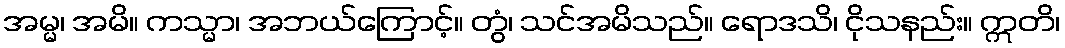
အမ္မ၊ အမိ။ ကသ္မာ၊ အဘယ်ကြောင့်။ တွံ၊ သင်အမိသည်။ ရောဒသိ၊ ငိုသနည်း။ ဣတိ၊